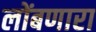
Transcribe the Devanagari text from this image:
लोंबणारा